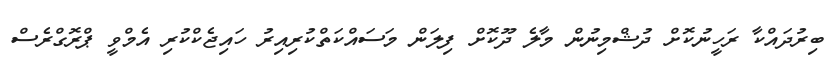
ބިރުދައްކާ ރަހީނުކޮށް ދުޝްމިނުން މާލެ ދޫކޮށް ފިލަން މަސައްކަތްކުރިއިރު ހައިޖެކްކުރި އެމްވީ ޕްރޮގްރެސް